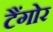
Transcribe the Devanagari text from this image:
टैंगोर